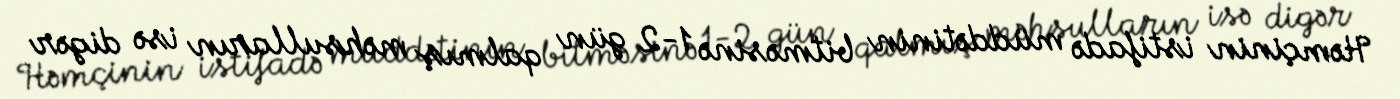
Həmçinin istifadə müddətinin bitməsinə 1-2 gün qalmış məhsulların isə digər